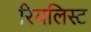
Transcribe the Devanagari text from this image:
रियलिस्ट